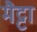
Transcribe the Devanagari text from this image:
मैट्टा